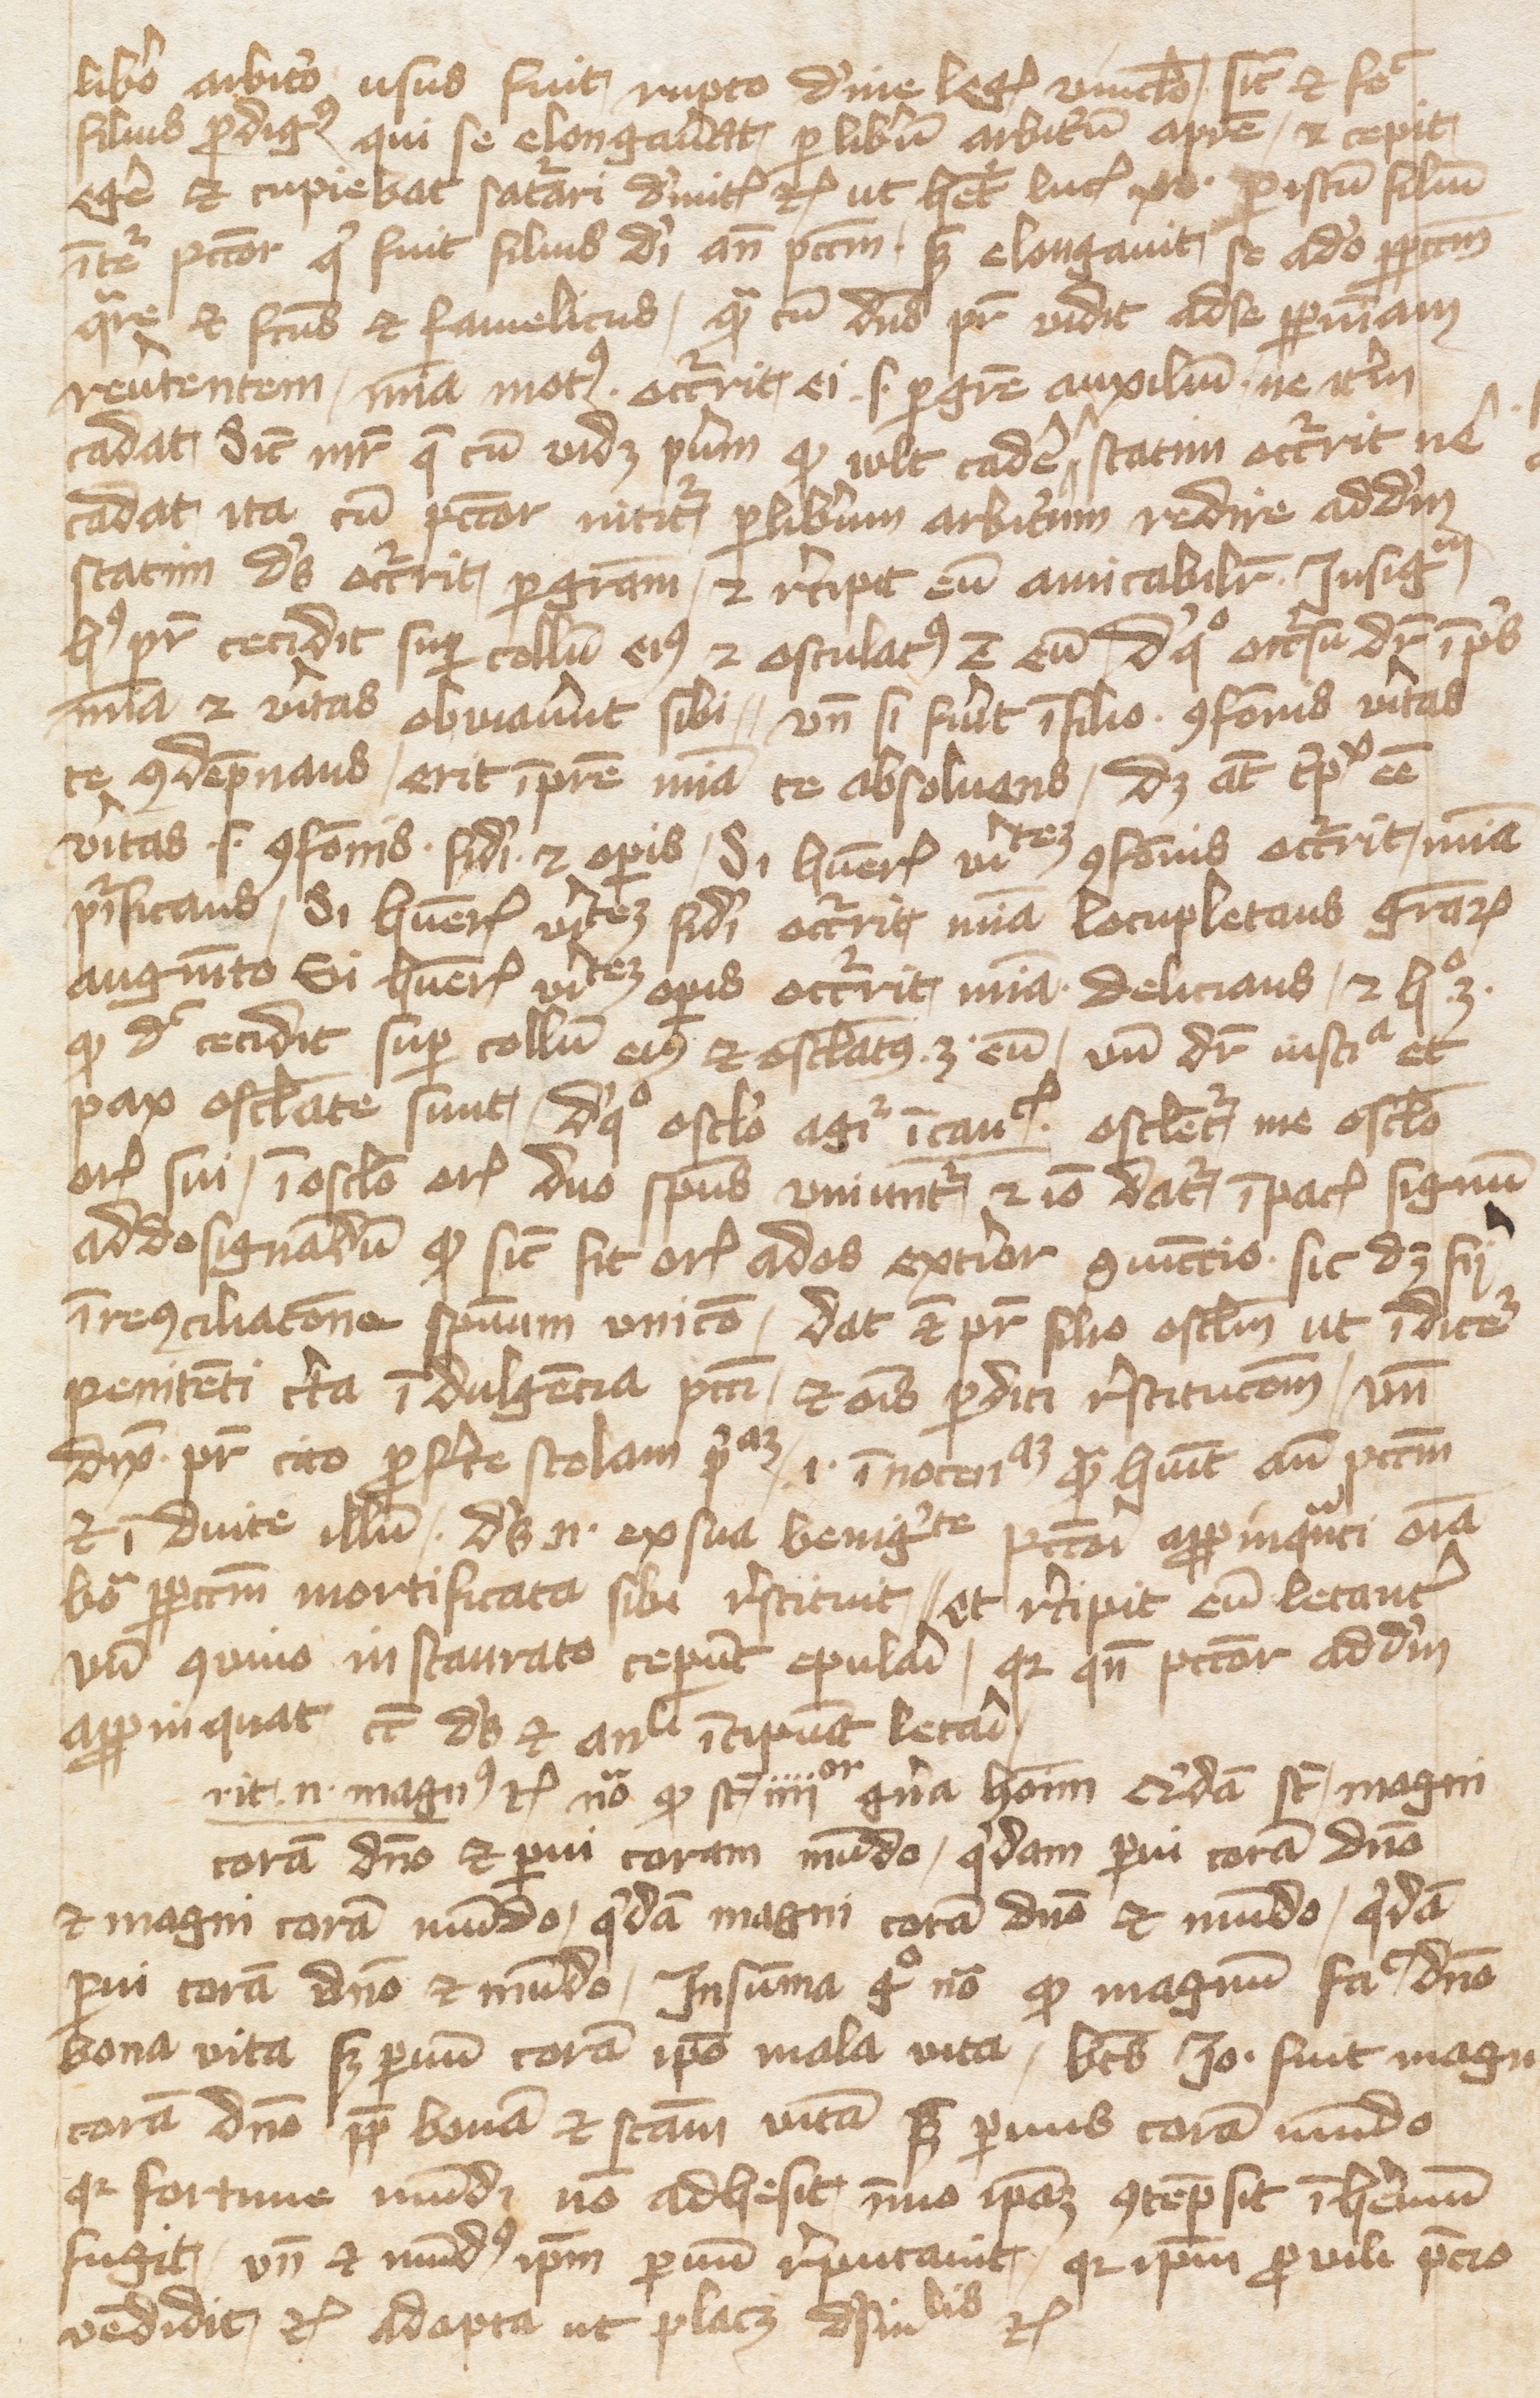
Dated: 1400–1415